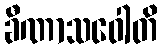
ခီဏာသဝေါတိ